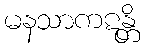
မနသာကဋန္တိ